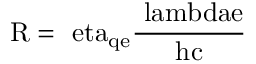
\mathrm { R = \ e t a _ { q e } { \frac { \ l a m b d a e } { h c } } }